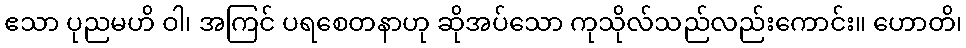
ဧသာ ပုညမဟိ ဝါ၊ အကြင် ပရစေတနာဟု ဆိုအပ်သော ကုသိုလ်သည်လည်းကောင်း။ ဟောတိ၊